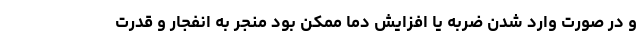
و در صورت وارد شدن ضربه یا افزایش دما ممکن بود منجر به انفجار و قدرت